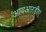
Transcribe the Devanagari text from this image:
आयआरडीए